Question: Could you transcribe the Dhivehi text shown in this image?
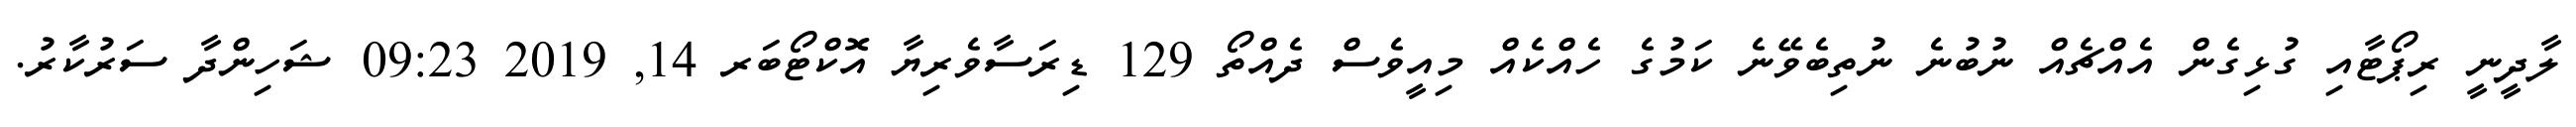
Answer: ލާދީނީ ރިޕޯޓާއި ގުޅިގެން އެއްޗެއް ނުބުނެ ނުތިބެވޭނެ ކަމުގެ ހެއްކެއް މިއީވެސް ދެއްތޯ 129 ޑިރަސާވެރިޔާ އޮކްޓޯބަރ 14, 2019 09:23 ޝަހިންދާ ސަރުކާރު.